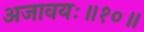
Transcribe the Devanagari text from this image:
अजावयः॥१०॥